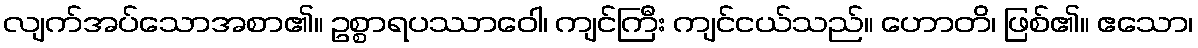
လျက်အပ်သောအစာ၏။ ဥစ္စာရပဿာဝေါ၊ ကျင်ကြီး ကျင်ငယ်သည်။ ဟောတိ၊ ဖြစ်၏။ ဧသော၊